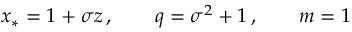
x _ { * } = 1 + \sigma z \, , \qquad q = \sigma ^ { 2 } + 1 \, , \qquad m = 1